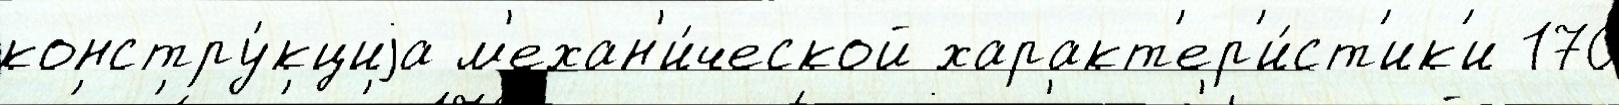
констру́кциjа м'ехан'и́ческой характ'ер'и́ст'ик'и 170